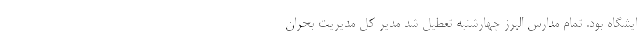
ایشگاه بود. تمام مدارس البرز چهارشنبه تعطیل شد مدیر کل مدیریت بحران